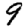
Digit: 9